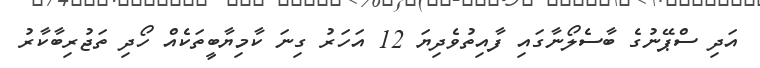
އަދި ސްޕޭނުގެ ބާސެލޯނާގައި ފާއިތުވެދިޔަ 12 އަހަރު ގިނަ ކާމިޔާބީތަކެއް ހޯދި ތަޖުރިބާކާރު